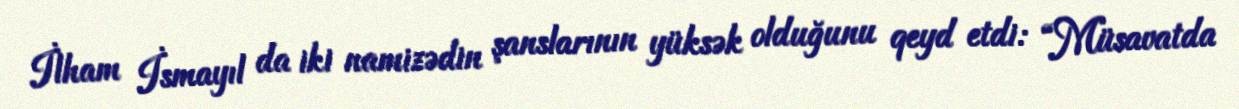
İlham İsmayıl da iki namizədin şanslarının yüksək olduğunu qeyd etdi: “Müsavatda